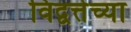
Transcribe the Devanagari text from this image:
विद्वत्तेच्या